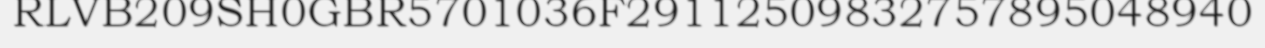
RLVB209SH0GBR5701036F29112509832757895048940